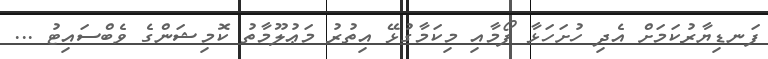
ފަނޑިޔާރުކަމަށް އެދި ހުށަހަޅާ ފޯމާއި މިކަމާގުޅޭ އިތުރު މަޢުލޫމާތު ކޮމިޝަންގެ ވެބްސައިޓު ...